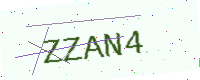
Text: ZZAN4